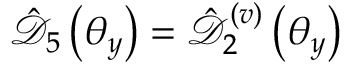
\hat { \mathcal D } _ { 5 } \left( \theta _ { y } \right) = \hat { \mathcal D } _ { 2 } ^ { ( v ) } \left( \theta _ { y } \right)